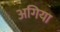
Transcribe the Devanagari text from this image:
अगिया